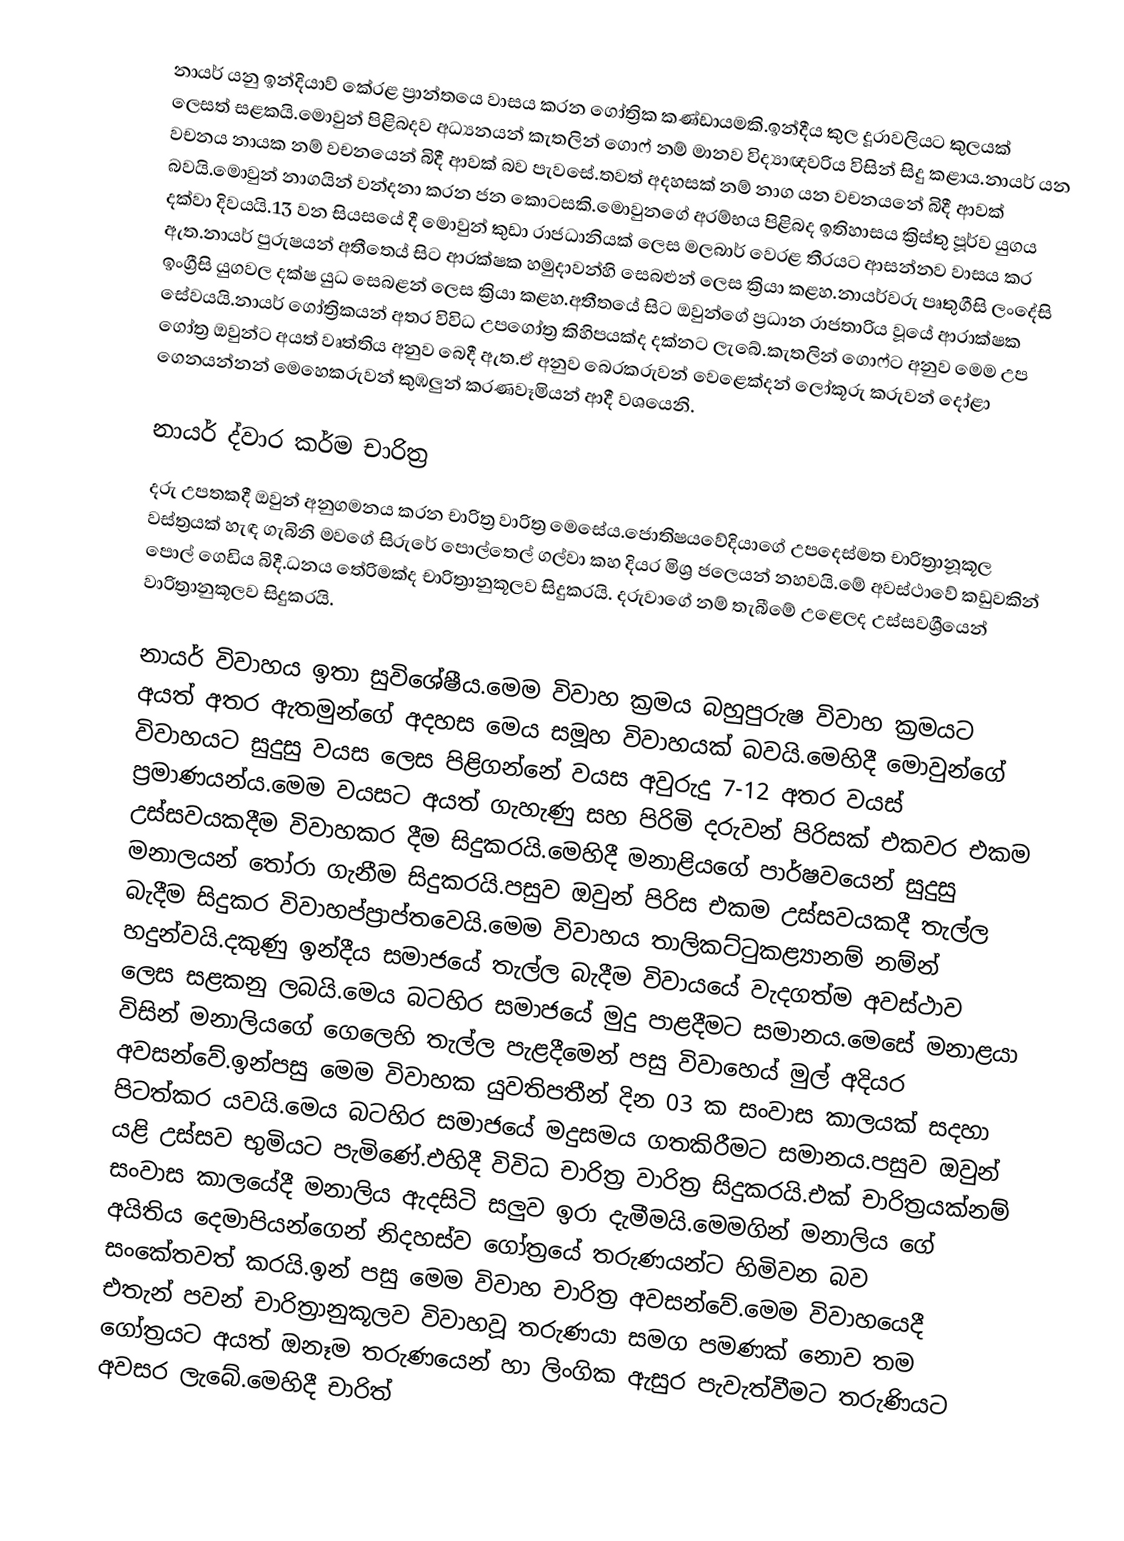
නායර් යනු ඉන්දියාව් කේරළ ප්‍රාන්තය‍ෙ වාසය කරන ග‍ෝත්‍රික කණ්ඩායමකි.ඉන්දීය කුල දූරාවලියට කුලයක් ලෙසත් සළකයි.මොවුන් පිළිබදව අධ්‍යනයන් කැතලින් ගොෆ් නම් මානව විද්‍යාඥවරිය විසින් සිදු කළාය.නායර් යන වචනය නායක නම් වචනයෙන් බිදී ආවක් බව පැවසේ.තවත් අදහසක් නම් නාග යන වචනයනේ බිදී ආවක් බවයි.මොවුන් නාගයින් වන්දනා කරන ජන කොටසකි.මොවුනගේ අරම්භය පිළිබද ඉතිහාසය ක්‍රිස්තු පූර්ව යුගය දක්වා දිවයයි.13 වන සියසයේ දී මොවුන් කුඩා රාජධානියක් ලෙස මලබාර් වෙරළ තීරයට ආසන්නව වාසය කර ඇත.නායර් පුරුෂයන් අතීතෙය් සිට ආරක්ෂක හමුදාවන්හි සෙබළුන් ලෙස ක්‍රියා කළහ.නායර්වරු පෘතුගීසි ලංදේසි ඉංග්‍රීසි යුගවල දක්ෂ යුධ සෙබළන් ලෙස ක්‍රියා කළහ.අතීතයේ සිට ඔවුන්ගේ ප්‍රධාන රාජතාරිය වූයේ ආරාක්ෂක සේවයයි.නායර් ගෝත්‍රිකයන් අතර විවිධ උපගෝත්‍ර කිහිපයක්ද දක්නට ලැබේ.කැතලින් ගොෆ්ට අනුව මෙම උප ගෝත්‍ර ඔවුන්ට අයත් වෘත්තිය අනුව බෙදී ඇත.ඒ අනුව බෙරකරුවන් වෙළෙක්දන් ලෝකූරු කරුවන් දෝළා ගෙනයන්නන් මෙහෙකරුවන් කුඹලුන් කරණවෑමියන් ආදී වශයෙනි.

නායර් ද්වාර කර්ම චාරිත්‍ර
දරු උපතකදී ඔවුන් අනුගමනය කරන චාරිත්‍ර වාරිත්‍ර මෙසේය.ජොතිෂයවේදියාගේ උපදෙස්මත චාරිත්‍රානූකූල වස්ත්‍රයක් හැඳ  ගැබිනි මවගේ සිරුරේ පොල්තෙල් ගල්වා කහ දියර මිශ්‍ර ජලෙයන් නහවයි.මේ අවස්ථාවේ කඩුවකින් පොල් ගෙඩිය බිදී.ධනය තේරිමක්ද චාරිත්‍රානුකූලව සිදුකරයි. දරුවාගේ නම් තැබීමේ උළෙලද උස්සවශ්‍රීයෙන් වාරිත්‍රානුකූලව සිදුකරයි.

නායර් විවාහය ඉතා සුවිශේෂීය.මෙම විවාහ ක්‍රමය බහුපුරුෂ විවාහ ක්‍රමයට අයත් අතර ඇතමුන්ගේ අදහස මෙය සමූහ විවාහයක් බවයි.මෙහිදී මොවුන්ගේ විවාහයට සුදුසු වයස ලෙස පිළිගන්නේ වයස අවුරුදු 7-12 අතර වයස් ප්‍රමාණයන්ය.මෙම වයසට අයත් ගැහැණු සහ පිරිමි දරුවන් පිරිසක් එකවර එකම උස්සවයකදීම විවාහකර දීම සිදුකරයි.මෙහිදී මනාළියගේ පාර්ෂවයෙන් සුදුසු මනාලයන් තෝරා ගැනීම සිදුකරයි.පසුව ඔවුන් පිරිස එකම උස්සවයකදී තැල්ල බැදීම සිදුකර විවාහප්ප්‍රාප්තවෙයි.මෙම විවාහය තාලිකට්ටුකළ්‍යානම් නම්න් හදුන්වයි.දකුණු ඉන්දීය සමාජයේ තැල්ල බැදීම විවායයේ වැදගත්ම අවස්ථාව ලෙස සළකනු ලබයි.මෙය බටහිර සමාජයේ මුදු පාළදීමට සමානය.මෙසේ මනාළයා විසින් මනාලියගේ ගෙලෙහි තැල්ල පැළදීමෙන් පසු විවාහෙය් මුල් අදියර අවසන්වේ.ඉන්පසු මෙම විවාහක යුවතිපතීන් දින 03 ක සංවාස කාලයක් සදහා පිටත්කර යවයි.මෙය බටහිර සමාජයේ මදුසමය ගතකිරීමට සමානය.පසුව ඔවුන් යළි උස්සව භුමියට පැමිණේ.එහිදී විවිධ චාරිත්‍ර වාරිත්‍ර සිදුකරයි.එක් චාරිත්‍රයක්නම් සංවාස කාලයේදී මනාලිය ඇදසිටි සලුව ඉරා දැමීමයි.මෙමගින් මනාලිය ගේ අයිතිය දෙමාපියන්ගෙන් නිදහස්ව ගෝත්‍රයේ තරුණයන්ට හිමිවන බව සංකේතවත් කරයි.ඉන් පසු මෙම විවාහ චාරිත්‍ර අවසන්වේ.මෙම විවාහයෙදී එතැන් පවන් චාරිත්‍රානුකූලව විවාහවූ තරුණයා සමග පමණක් නොව තම ගෝත්‍රයට අයත් ඔනෑම තරුණයෙන් හා ලිංගික ඇසුර පැවැත්වීමට තරුණියට අවසර ලැබේ.මෙහිදී චාරිත්